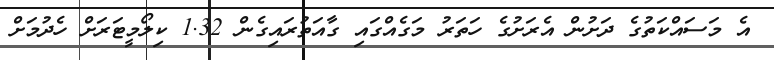
އެ މަސައްކަތުގެ ދަށުން އެރަށުގެ ހަތަރު މަގެއްގައި ގާއަތުރައިގެން 1.32 ކިލޯމީޓަރަށް ހެދުމަށް